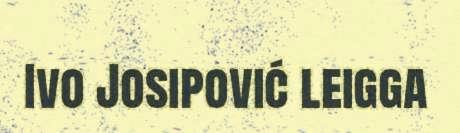
Ivo Josipović leigga